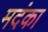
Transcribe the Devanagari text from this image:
मदंका